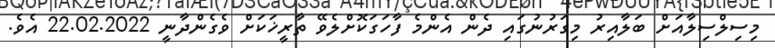
މިސިލްސިލާއަށް ބަލާއިރު މިގަރުނުގައި ދެން އެންމެ ފާހަގަކޮށްލެވޭ ތާރީޚަކަށް ވެގެންދާނީ 22.02.2022 އެވެ.